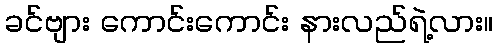
ခင်ဗျား ကောင်းကောင်း နားလည်ရဲ့လား။